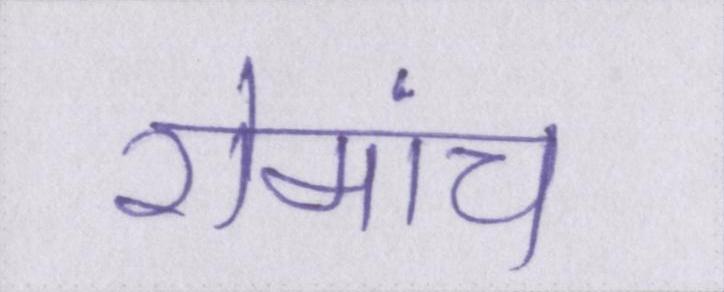
रोमांच